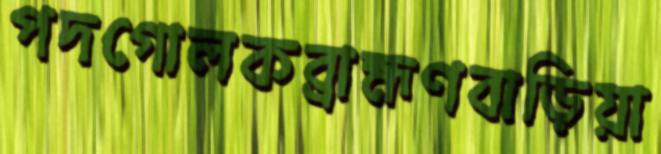
পদগোলকব্রাহ্মণবাড়িয়া